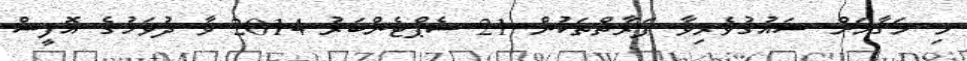
މި މަޤާމަށް ޝައުޤުވެރިވާ ފަރާތްތަކުން 21 ސެޕްޓެންބަރު 2014 ވާ ދުވަހުގެ އޮފީސް